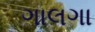
ગાલગા